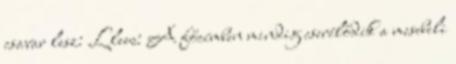
csavar lesz: Llew: A főcímben mindig cserélődik a mesebeli